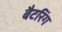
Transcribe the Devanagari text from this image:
बैटरिंग